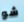
شو